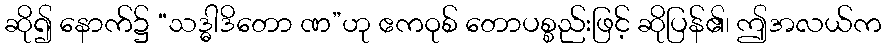
ဆို၍ နောက်၌ “သဒ္ဓါဒိတော ဏ”ဟု ဧကဝုစ် တောပစ္စည်းဖြင့် ဆိုပြန်၏၊ ဤအလယ်က